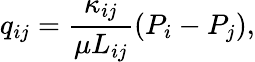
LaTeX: q_{ij}=\frac{\kappa_{ij}}{\mu L_{ij}}(P_{i}-P_{j}),